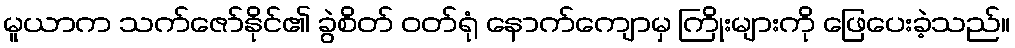
မူယာက သက်ဇော်နိုင်၏ ခွဲစိတ် ဝတ်ရုံ နောက်ကျောမှ ကြိုးများကို ဖြေပေးခဲ့သည်။